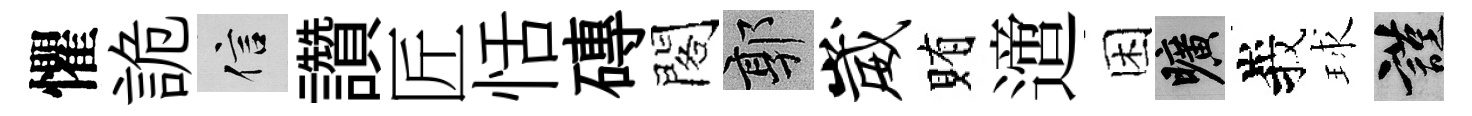
懼詭信讚匠恬磚閣郭崴賄𨗁困曠峩球謹